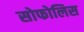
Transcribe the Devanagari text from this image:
सोफोलिस